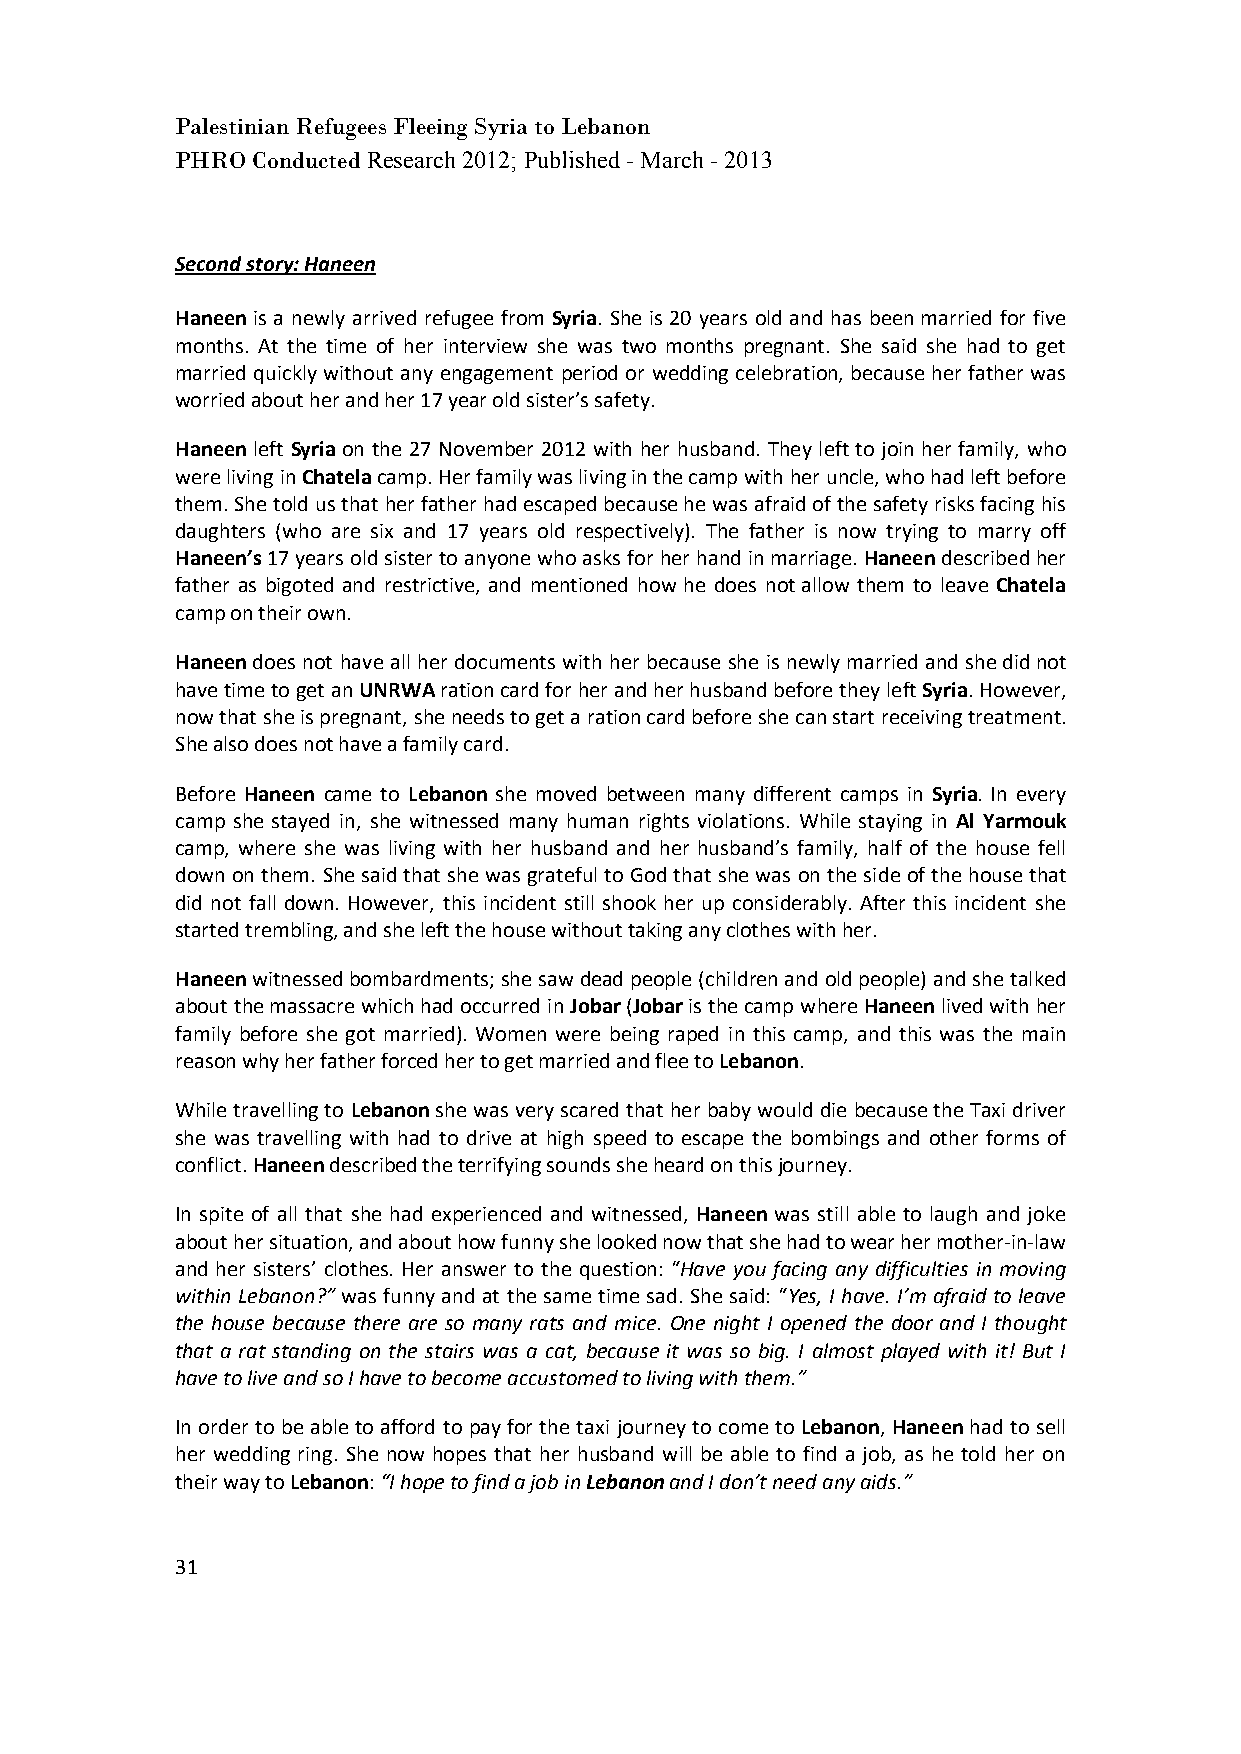
Palestinian Refugees Fleeing Syria to Lebanon
 PHRO Conducted Research 2012; Published - March - 2013
 Second story: Haneen
 Haneen is a newly arrived refugee from Syria. She is 20 years old and has been married for five
 months. At the time of her interview she was two months pregnant. She said she had to get
 married quickly without any engagement period or wedding celebration, because her father was
 worried about her and her 17 year old sister’s safety.
 Haneen left Syria on the 27 November 2012 with her husband. They left to join her family, who
 were living in Chatela camp. Her family was living in the camp with her uncle, who had left before
 them. She told us that her father had escaped because he was afraid of the safety risks facing his
 daughters (who are six and 17 years old respectively). The father is now trying to marry off
 Haneen’s 17 years old sister to anyone who asks for her hand in marriage. Haneen described her
 father as bigoted and restrictive, and mentioned how he does not allow them to leave Chatela
 camp on their own.
 Haneen does not have all her documents with her because she is newly married and she did not
 have time to get an UNRWA ration card for her and her husband before they left Syria. However,
 now that she is pregnant, she needs to get a ration card before she can start receiving treatment.
 She also does not have a family card.
 Before Haneen came to Lebanon she moved between many different camps in Syria. In every
 camp she stayed in, she witnessed many human rights violations. While staying in Al Yarmouk
 camp, where she was living with her husband and her husband’s family, half of the house fell
 down on them. She said that she was grateful to God that she was on the side of the house that
 did not fall down. However, this incident still shook her up considerably. After this incident she
 started trembling, and she left the house without taking any clothes with her.
 Haneen witnessed bombardments; she saw dead people (children and old people) and she talked
 about the massacre which had occurred in Jobar (Jobar is the camp where Haneen lived with her
 family before she got married). Women were being raped in this camp, and this was the main
 reason why her father forced her to get married and flee to Lebanon.
 While travelling to Lebanon she was very scared that her baby would die because the Taxi driver
 she was travelling with had to drive at high speed to escape the bombings and other forms of
 conflict. Haneen described the terrifying sounds she heard on this journey.
 In spite of all that she had experienced and witnessed, Haneen was still able to laugh and joke
 about her situation, and about how funny she looked now that she had to wear her mother-in-law
 and her sisters’ clothes. Her answer to the question: “Have you facing any difficulties in moving
 within Lebanon?” was funny and at the same time sad. She said: “Yes, I have. I’m afraid to leave
 the house because there are so many rats and mice. One night I opened the door and I thought
 that a rat standing on the stairs was a cat, because it was so big. I almost played with it! But I
 have to live and so I have to become accustomed to living with them.”
 In order to be able to afford to pay for the taxi journey to come to Lebanon, Haneen had to sell
 her wedding ring. She now hopes that her husband will be able to find a job, as he told her on
 their way to Lebanon: “I hope to find a job in Lebanon and I don’t need any aids.”
 31